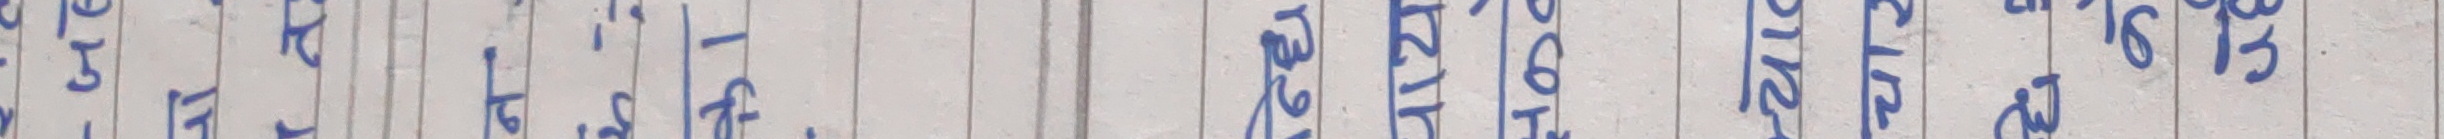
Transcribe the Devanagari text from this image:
३ २ १ ५ ६ ७ ४ ९ १० १२ १३ १५ १६ १८